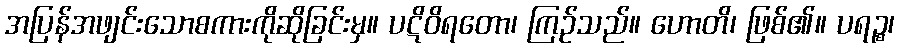
အပြန်အဖျင်းသောစကားကိုဆိုခြင်းမှ။ ပဋိဝိရတော၊ ကြဉ်သည်။ ဟောတိ၊ ဖြစ်၏။ ပရဉ္စ၊